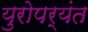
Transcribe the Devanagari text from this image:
युरोपर्यंत